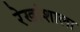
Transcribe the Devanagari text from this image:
रेखांशाला